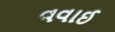
વવાઈ